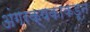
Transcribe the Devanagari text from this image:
अंगरक्षकाकडून